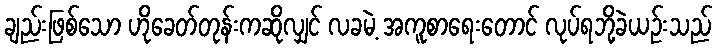
ချည်းဖြစ်သော ဟိုခေတ်တုန်းကဆိုလျှင် လခမဲ့ အကူစာရေးတောင် လုပ်ရဘို့ခဲယဉ်းသည်